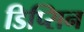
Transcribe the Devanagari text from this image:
डिप्सिन